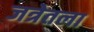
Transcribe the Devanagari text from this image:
जत्रेतला